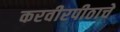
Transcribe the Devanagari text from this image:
करवीरपीठाचे